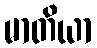
မာတိယာ